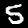
Digit: 5